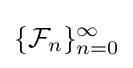
\{{\mathcal {F}}_{n}\}_{n=0}^{\infty }